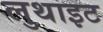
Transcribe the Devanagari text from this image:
लुथाइट